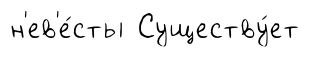
н'ев'е́сты Существу́ет